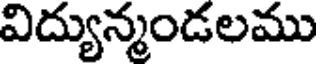
విద్యున్మండలము